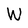
Character: W